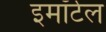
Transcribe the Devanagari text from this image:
इमॉर्टल